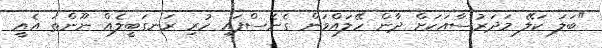
"ބަލަ ކަލޭ މަދަރުސާއަކަށް ދާން ހޭލައްވަން ގެނެސްފައި ހުރި ރަނގަބީލެއް ނޫންތަ އެއީ